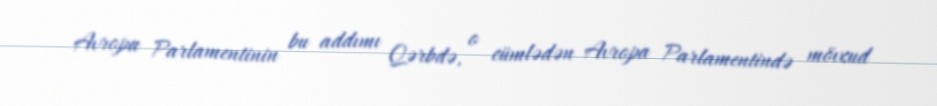
Avropa Parlamentinin bu addımı Qərbdə, o cümlədən Avropa Parlamentində mövcud